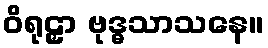
ဝိရုဠှာ ဗုဒ္ဓသာသနေ။